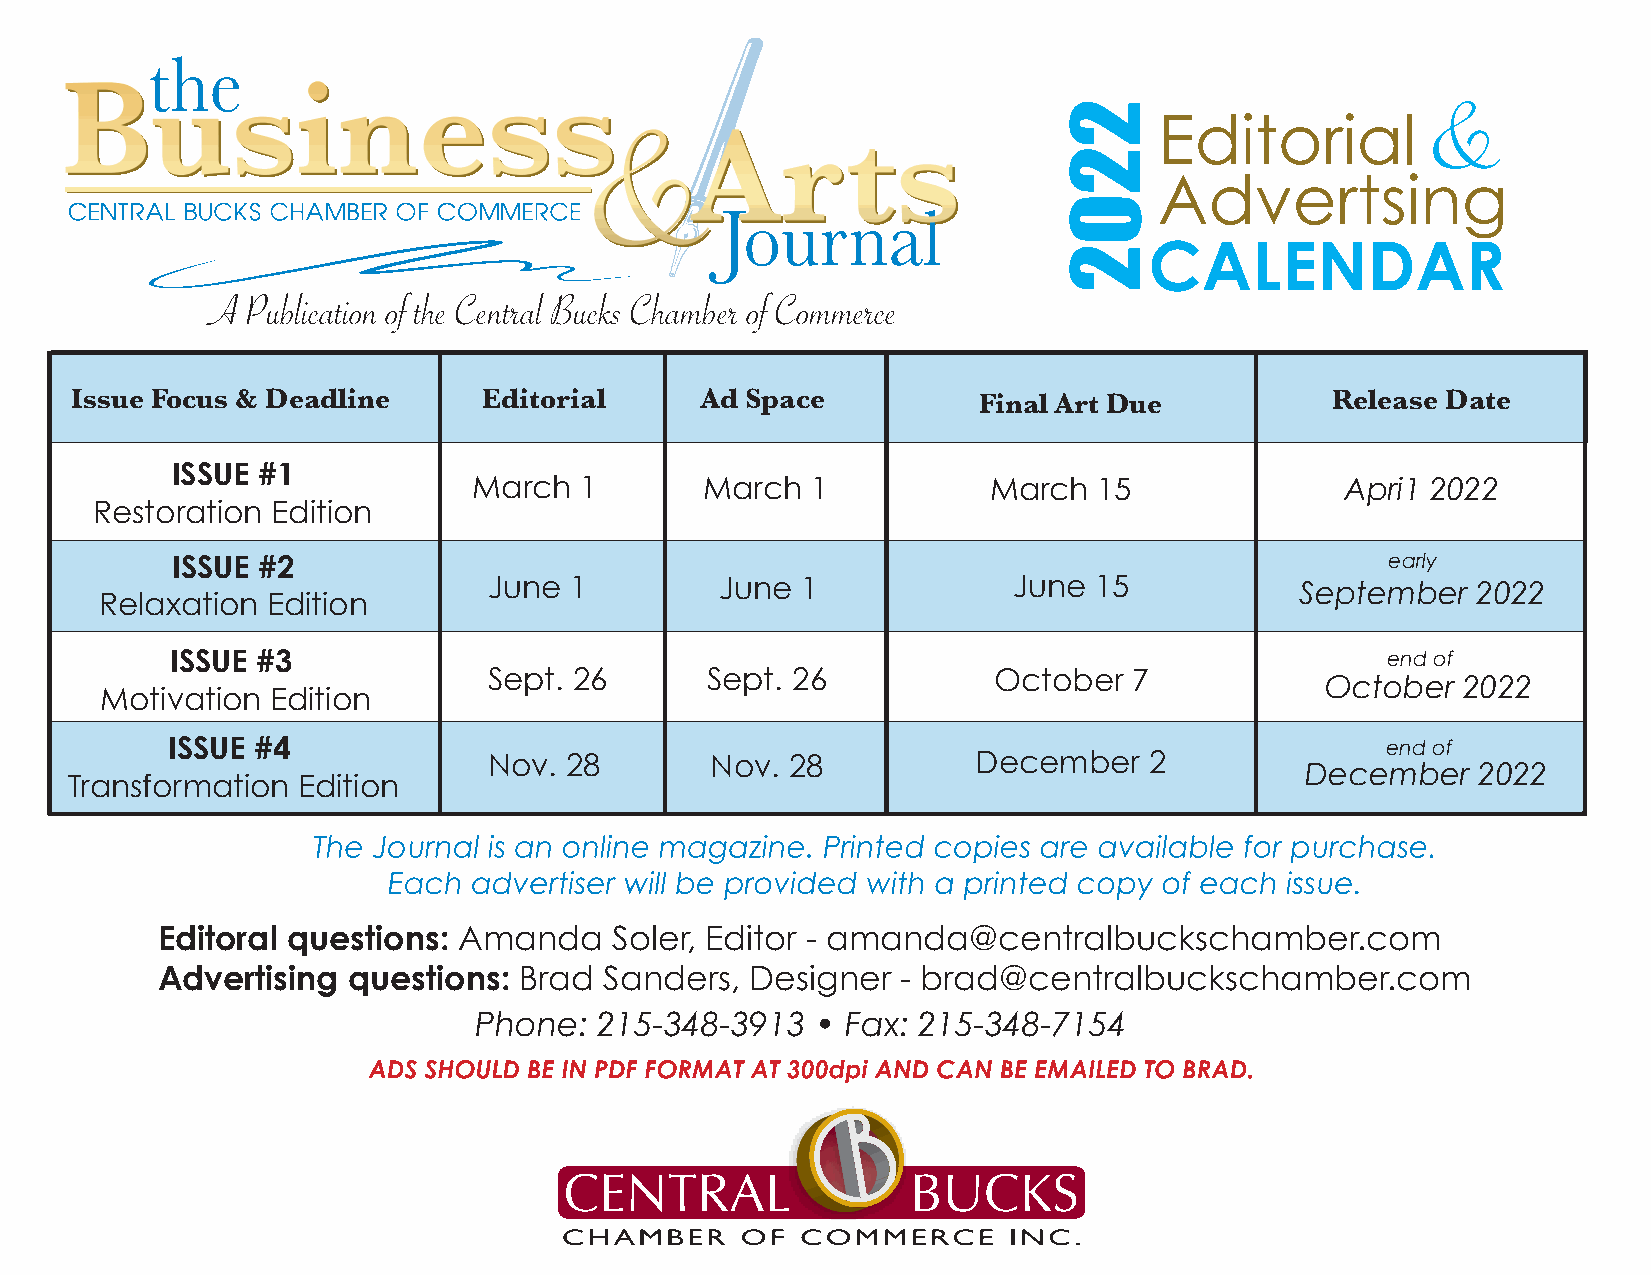
&
 Editorial
 Advertsing
 CALENDAR
 A Publication of the Central Bucks Chamber of Commerce
 Issue Focus & Deadline     Editorial     Ad Space           Final Art Due          Release Date
 ISSUE #1
 March  1        March  1          March   15              Apri1 2022
 Restoration Edition
 ISSUE #2                                                                         early
 June  1         June 1             June 15            September   2022
 Relaxation Edition
 ISSUE #3                                                                         end of
 Sept. 26       Sept. 26           October  7
 October  2022
 Motivation Edition
 ISSUE #4                                                                         end of
 Nov. 28        Nov. 28           December   2
 December    2022
 Transformation  Edition
 Editoral questions: Amanda     Soler, Editor - amanda@centralbuckschamber.com
 Advertising  questions: Brad  Sanders,  Designer  - brad@centralbuckschamber.com
 Phone:   215-348-3913  • Fax: 215-348-7154
 2202